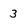
Character: 3